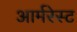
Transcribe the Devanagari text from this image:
आर्मरेस्ट